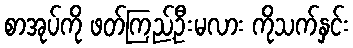
စာအုပ်ကို ဖတ်ကြည့်ဦးမလား ကိုသက်နှင်း